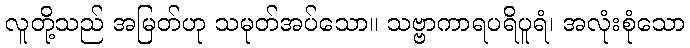
လူတို့သည် အမြတ်ဟု သမုတ်အပ်သော။ သဗ္ဗာကာရပရိပူရံ၊ အလုံးစုံသော